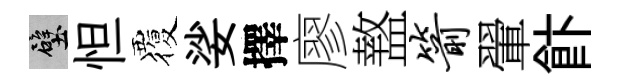
壁怛覆娑擇廖盩箭翬飰